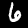
Digit: 6